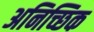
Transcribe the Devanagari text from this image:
अनिच्छिक